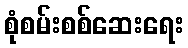
စုံစမ်းစစ်ဆေးရေး